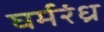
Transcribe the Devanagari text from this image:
घर्मरंध्र